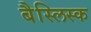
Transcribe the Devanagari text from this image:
बैस्लिस्क